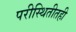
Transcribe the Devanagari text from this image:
परीस्थितीतही